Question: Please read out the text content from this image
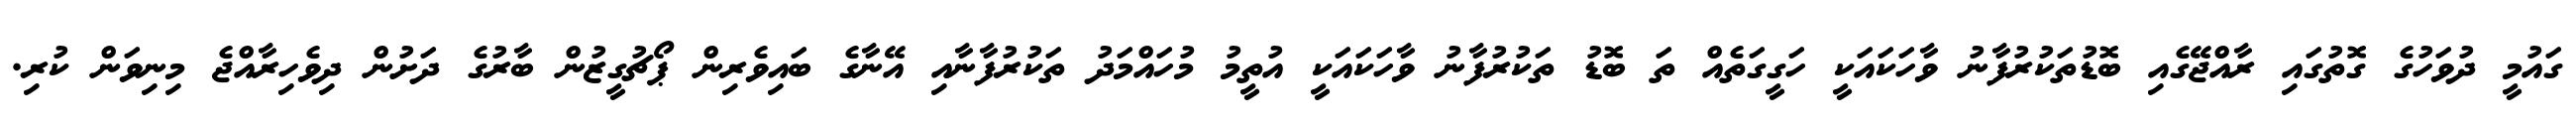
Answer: ގައުމީ ދުވަހުގެ ގޮތުގައި ރާއްޖޭގެއި ބޮޑުތަކުރުފާނު ވާހަކައަކީ ހަގީގަތެއް ތަ ބޮޑު ތަކުރުފާނު ވާހަކައަކީ އުތީމު މުހައްމަދު ތަކުރުފާނާއި އޭނާގެ ބައިވެރިން ޕޯޗުގީޒުން ބާރުގެ ދަށުން ދިވެހިރާއްޖެ މިނިވަން ކުރި.